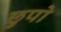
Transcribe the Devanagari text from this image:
छुपो